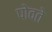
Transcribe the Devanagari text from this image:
पोवते